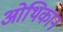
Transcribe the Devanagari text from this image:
ओथिकान